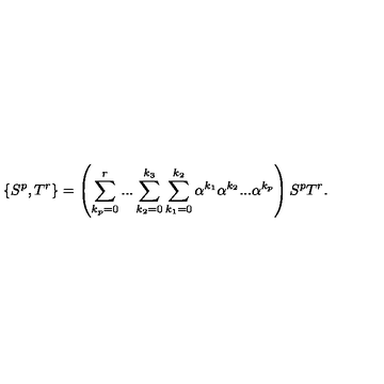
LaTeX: \{ S ^ { p } , T ^ { r } \} = \left( \sum _ { k _ { p } = 0 } ^ { r } . . . \sum _ { k _ { 2 } = 0 } ^ { k _ { 3 } } \sum _ { k _ { 1 } = 0 } ^ { k _ { 2 } } \alpha ^ { k _ { 1 } } \alpha ^ { k _ { 2 } } . . . \alpha ^ { k _ { p } } \right) S ^ { p } T ^ { r } .